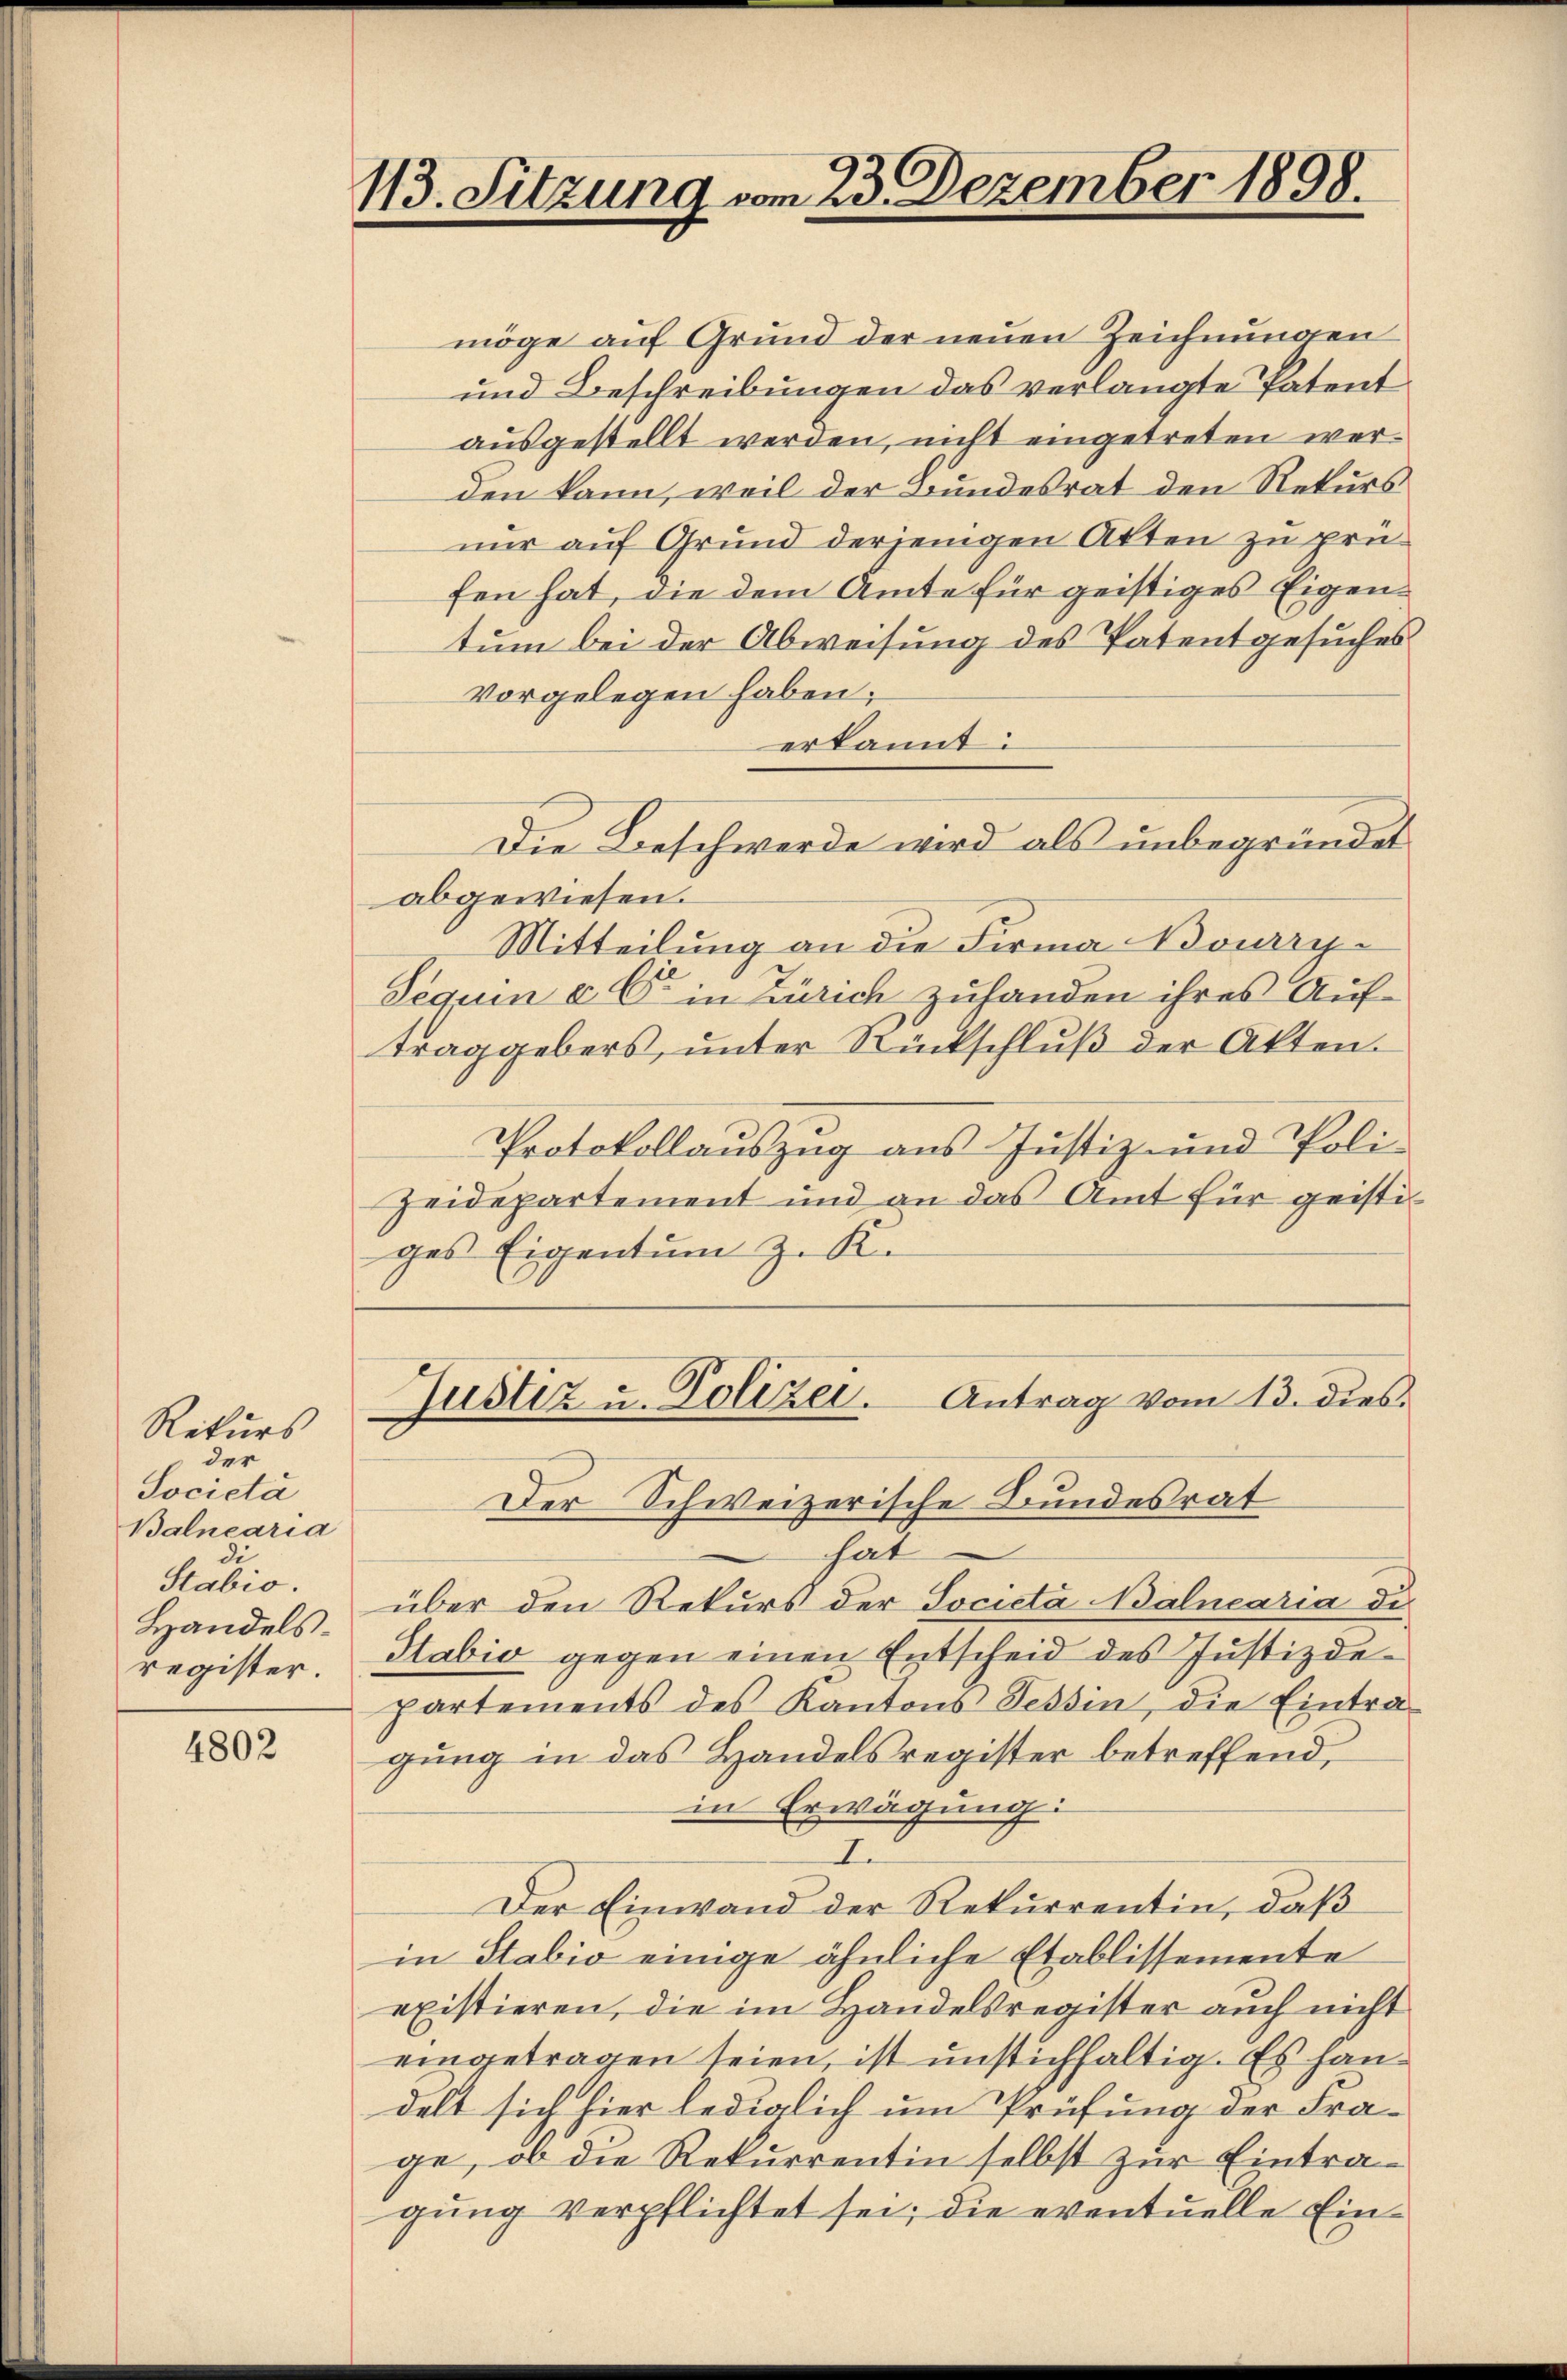
Rekurs
der
Societa
Balnearia
di
Stabio.
Handels-
register.

4802

113. Sitzung vom 23. Dezember 1898.

möge auf Grund der neuen Zeichnungen
und Beschreibungen das verlangte Patent
ausgestellt werden, nicht eingetreten werden kann, weil der Bundesrat den Rekurs
nur auf Grund derjenigen Akten zu prüfen hat, die dem Amte für geistiges Eigentum bei der Abweisung des Patentgesuches
vorgelegen haben;
erkannt:
Die Beschwerde wird als unbegründet
abgewiesen.
Mitteilung an die Firma Bourrn¬
Sequin u. C in Zürich zufanden ihres Auftrag gebers ŭnter Rückschlŭβ der Akten.
Protokollauszug aus Justiz- und Poli-
Zeidepartement und an das Amt für geisti-
ges Eigentum z. K.
Justiz u. Polizei. Antrag vom 13. dies¬
Der Schweizerische Bundesrat
hat
über den Rekurs der Società alnearia die
Sabić gegen einen Entscheid des Justizdepartements des Kantons Tessin, die Einträgung in das Handelsregister betreffend,
in Erwägung:
I.
Der Einwand der Rekurrentin, daβ
in Stabio einige ähnliche Etablissemente
existieren, die im Handelsregister auch nicht
eingetragen seien, ist unstichfaltig. Es handelt sich hier lediglich um Prüfung der Fra-
ge, ob die Rekurrentin selbst zur Eintragung verpflichtet sei; die eventuelle Ein¬